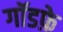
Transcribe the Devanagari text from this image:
गॉडफ़े